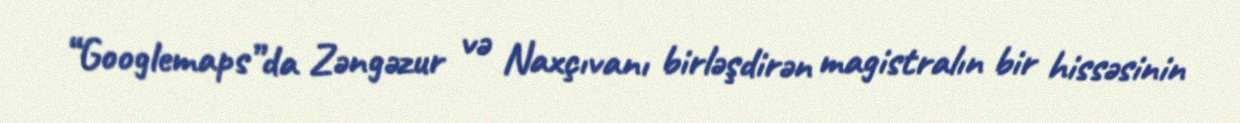
“Googlemaps”da Zəngəzur və Naxçıvanı birləşdirən magistralın bir hissəsinin